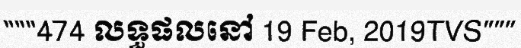
"""474 លទ្ធផលនៅ 19 Feb, 2019TVS"""